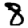
Digit: 8